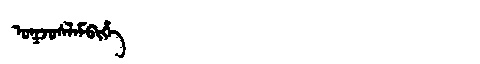
Manchu: ᠣᡴᠵᠣᠰᠯᠠᠮᠪᡳᡥᡝ
Romanization: OKJOSLAMBIHE